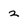
Character: 2